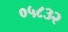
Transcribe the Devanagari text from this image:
०५८३२